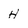
Character: H